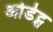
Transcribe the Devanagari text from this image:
ओडेट्स